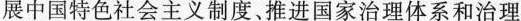
展中国特色社会主义制度、推进国家治理体系和治理